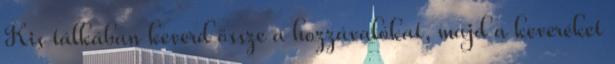
Kis tálkában keverd össze a hozzávalókat, majd a keveréket